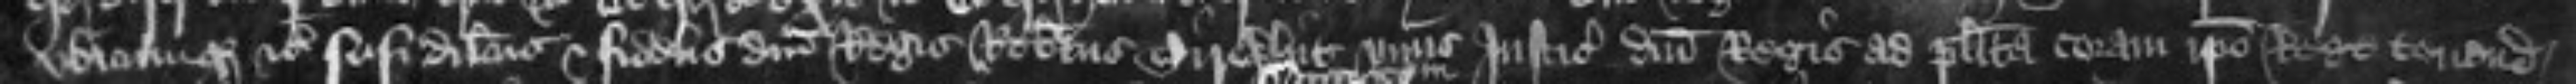
ubicunque etc Nisi dilectus et fidelis domini Regis Robertus Tirwhit unus Justiciorum domini Regis ad placita coram ipso Rege tenenda